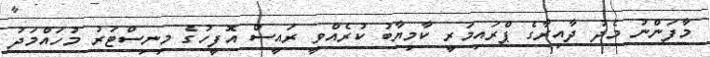
މާފަންނު މެދު ދާއިރާގެ ޕްރައިމަރީ ކާމިޔާބު ކުރެއްވީ ރައީސް އޮފީހުގެ މިނިސްޓަރު މުހައްމަދު